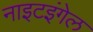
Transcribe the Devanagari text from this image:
नाइटइंगेल